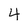
Character: 4